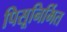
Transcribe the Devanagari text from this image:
पिसूनिर्मित